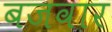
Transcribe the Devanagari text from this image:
बजवार